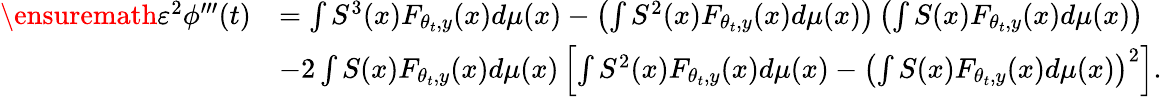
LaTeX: \begin{array}{rl}{\ensuremath{\varepsilon}^{2}\phi^{\prime\prime\prime}(t)}&{=\int S^{3}(x)F_{\theta_{t},y}(x)d\mu(x)-\left(\int S^{2}(x)F_{\theta_{t},y}(x)d\mu(x)\right)\left(\int S(x)F_{\theta_{t},y}(x)d\mu(x)\right)}\\ &{-2\int S(x)F_{\theta_{t},y}(x)d\mu(x)\left[\int S^{2}(x)F_{\theta_{t},y}(x)d\mu(x)-\left(\int S(x)F_{\theta_{t},y}(x)d\mu(x)\right)^{2}\right].}\end{array}